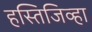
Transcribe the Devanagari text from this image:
हस्तिजिव्हा